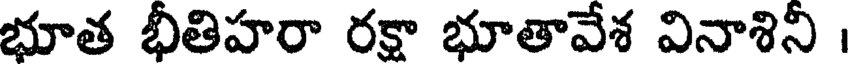
భూత భీతిహరా రక్షా భూతావేశ వినాశినీ